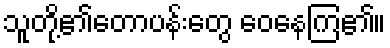
သူတို့၏တောပန်းတွေ ဝေနေကြ၏။